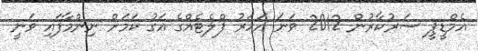
އެމްޑީޕީ ސަރުކާރުން 2012 ވަނަ އަހަރު ފްލެޓެއްގެ އަގު ކަމަށް ނިންމާފައި ވަނީ